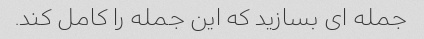
جمله ای بسازید که این جمله را کامل کند.